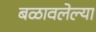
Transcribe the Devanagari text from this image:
बळावलेल्या